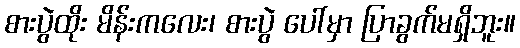
စားပွဲထိုး မိန်းကလေး၊ စားပွဲ ပေါ်မှာ ပြာခွက်မရှိဘူး။